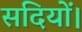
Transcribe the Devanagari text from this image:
सदियों।